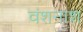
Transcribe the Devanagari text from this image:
वंशनाश